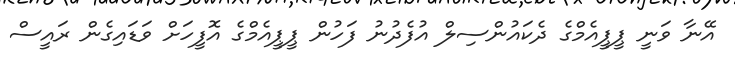
އޭނާ ވަނީ ޕީޕީއެމްގެ ދެކައުންސިލް އުފެދުނު ފަހުން ޕީޕީއެމްގެ އޮފީހަށް ވަޑައިގެން ރައީސް